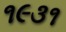
૧૯૩૧